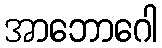
အာဘောဂေါ